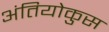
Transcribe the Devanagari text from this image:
अंतियोकुस